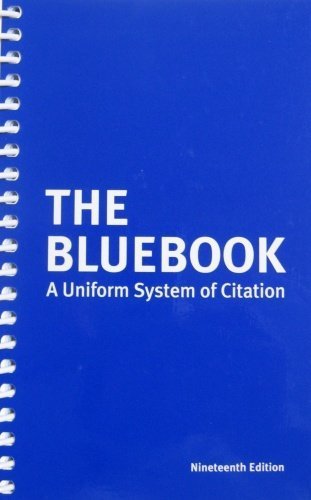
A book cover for Bluebook Uniform System of Citation; Author; Law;